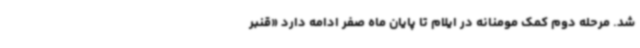
شد. مرحله دوم کمک مومنانه در ایلام تا پایان ماه صفر ادامه دارد «قنبر